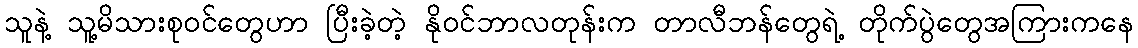
သူနဲ့ သူ့မိသားစုဝင်တွေဟာ ပြီးခဲ့တဲ့ နိုဝင်ဘာလတုန်းက တာလီဘန်တွေရဲ့ တိုက်ပွဲတွေအကြားကနေ